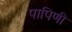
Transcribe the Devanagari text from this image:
पापिणी